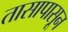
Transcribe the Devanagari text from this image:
तासापासून